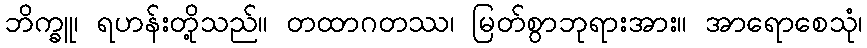
ဘိက္ခူ၊ ရဟန်းတို့သည်။ တထာဂတဿ၊ မြတ်စွာဘုရားအား။ အာရောစေသုံ၊